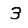
Digit: 3